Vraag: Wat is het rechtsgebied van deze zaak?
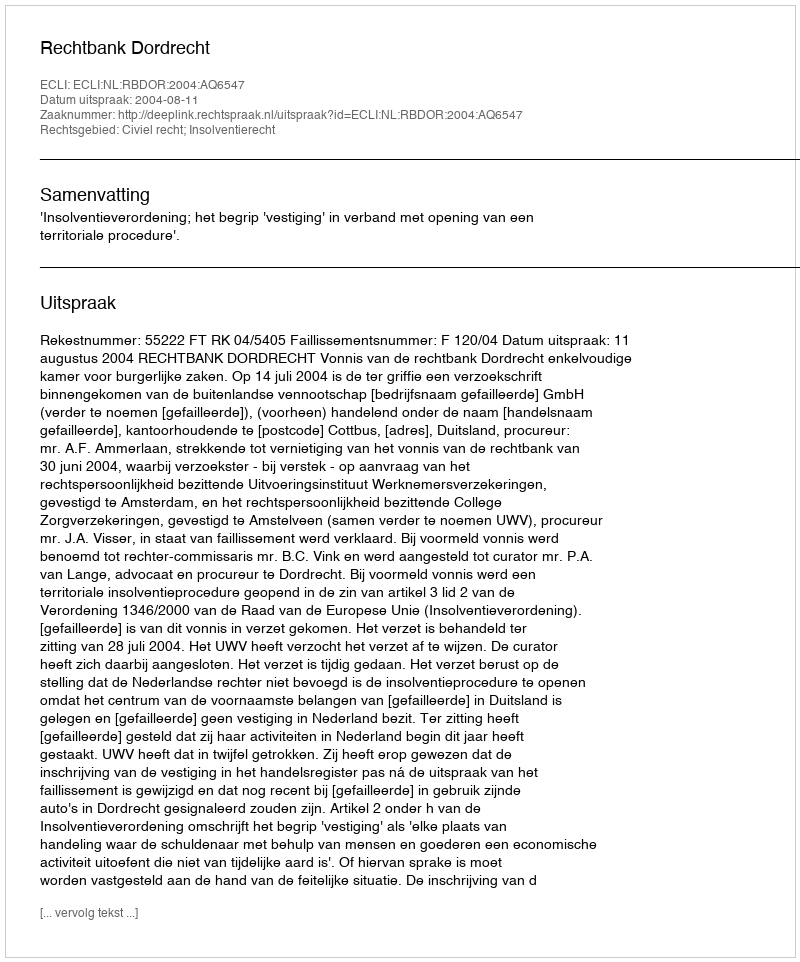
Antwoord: Civiel recht; Insolventierecht